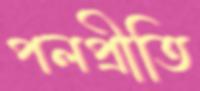
পলপ্রীতি